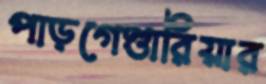
পাড়গেণ্ডারিয়ার